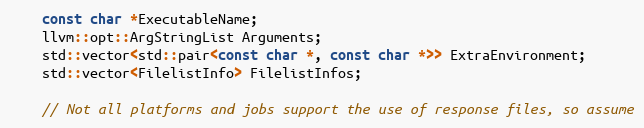
Language: C
    const char *ExecutableName;
    llvm::opt::ArgStringList Arguments;
    std::vector<std::pair<const char *, const char *>> ExtraEnvironment;
    std::vector<FilelistInfo> FilelistInfos;

    // Not all platforms and jobs support the use of response files, so assume